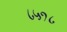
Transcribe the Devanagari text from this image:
८५१८